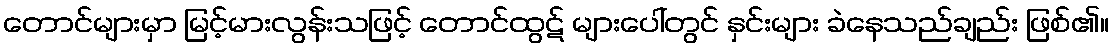
တောင်များမှာ မြင့်မားလွန်းသဖြင့် တောင်ထွဋ် များပေါ်တွင် နှင်းများ ခဲနေသည်ချည်း ဖြစ်၏။